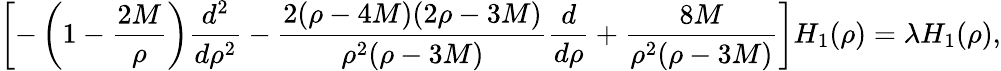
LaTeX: \left[-\left(1-\frac{2M}{\rho}\right)\frac{d^{2}}{d\rho^{2}}-\frac{2(\rho-4M)(2\rho-3M)}{\rho^{2}(\rho-3M)}\frac{d}{d\rho}+\frac{8M}{\rho^{2}(\rho-3M)}\right]H_{1}(\rho)=\lambda H_{1}(\rho),